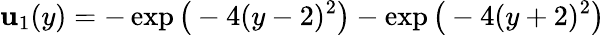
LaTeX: \mathbf{u}_{1}(y)=-\exp\big(-4(y-2)^{2}\big)-\exp\big(-4(y+2)^{2}\big)